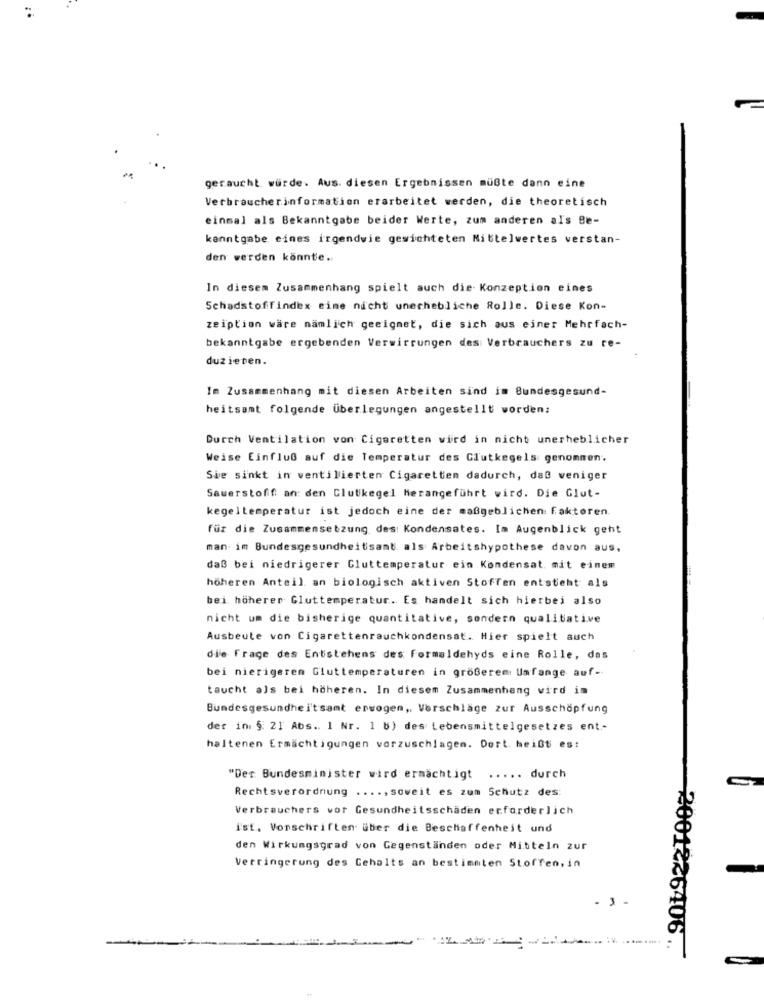
geraucht würde. Aus. diesen Ergebnissen müßte dann eine
Verbraucherinformation erarbeitet werden, die theoretisch
einmal als Bekanntgabe beider Werte, zum anderen al's Be-
kanntgabe eines irgendwie gesichteten Nittelwertes verstan-
den werden könnte ..
In diesem Zusammenhang spielt auch die Konzeption eines
Schadstoffindex cime nicht unerhebliche Rolle. Diese Kon-
zeiption wäre nämlich geeignet, die sich aus einer Mehrfach-
bekanntgabe ergebenden Verwirrungen des Verbrauchers zu re-
duzieren.
Im Zusammenhang mit diesen Arbeiten sind im Bundesgesund-
heitsamt folgende Überlegungen angestellt worden:
Durch Ventilation von Cigaretten wird in nicht unerheblicher
Weise Einfluß auf die Temperatur des Glutkegels genommen.
Sie sinkt in ventilierten Cigaretten dadurch, daß weniger
Sauerstoff an den Clutkegel Herangeführt wird. Die Glut-
kegeltemperatur ist jedoch eine der maßgeblichen: Faktoren.
für die Zusammensetzung des: Kondensates. Im Augenblick geht
man im Bundesgesundheitsamt. als Arbeitshypothese davon aus,
daß bei niedrigerer Cluttemperatur ein Kondensat, mit einem
höheren Anteil an biologisch aktiven Stoffen entsteht als
bei höherer Gluttemperatur. Es handelt sich hierbei also
nicht um die bisherige quantitative, sondern qualitative
Ausbeute von Cigarettenrauchkondensat. Hier spielt auch
die Frage des Entstehens des Formaldehyds eine Rolle, das
bei nierigeren Gluttemperaturen in größerem Umfange auf-
taucht als bei höheren. In diesem Zusammenhang wird im
Bundesgesundheitsamt erwogen, Vorschläge zur Ausschöpfung
der ini § 21 Abs .. 1 Nr. 1 b) des Lebensmittelgesetzes ent .-
haltenen Ermächtigungen vorzuschlagen. Dort. heißt es:
"Der Bundesminister wird ermächtigt
..... durch
Rechtsverordnung ...., soweit es zum Schutz des:
Verbrauchers vor Gesundheitsschäden erforderlich
ist. Vorschriften über die Beschaffenheit und
den Wirkungsgrad von Gegenständen oder Mitteln zur
Verringerung des Gehalts an bestimmten Stoffen, in
20012<6406 ..